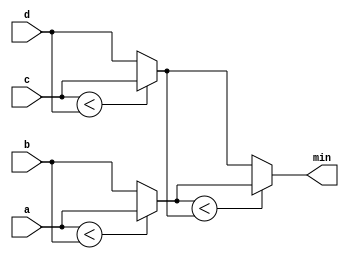
// SPDX-License-Identifier: MIT

module top_module (
    input [7:0] a, b, c, d,
    output [7:0] min);//

    wire [7:0] minab = (a<b)? a : b;
    wire [7:0] mincd = (c<d)? c : d;
    
    assign min = (minab<mincd)? minab : mincd;

endmodule